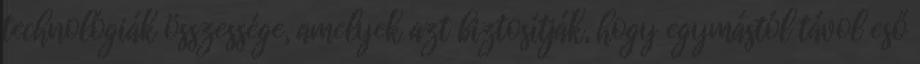
technológiák összessége, amelyek azt biztosítják, hogy egymástól távol eső